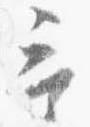
言